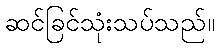
ဆင်ခြင်သုံးသပ်သည်။